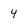
Character: 4